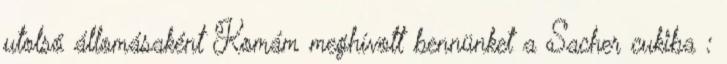
utolsó állomásaként Komám meghívott bennünket a Sacher cukiba :